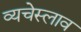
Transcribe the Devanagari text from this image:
व्यचेस्लाव